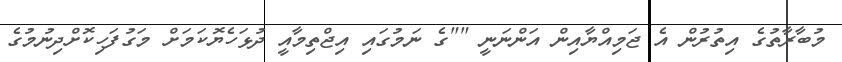
މުބާރާތުގެ އިތުރުން އެ ޖަމިއްޔާއިން އަންނަނީ ""ގެ ނަމުގައި އިޖްތިމާއީ ދުޅަހެޔޮކަމަށް މަގުފަހިކޮށްދިނުމުގެ